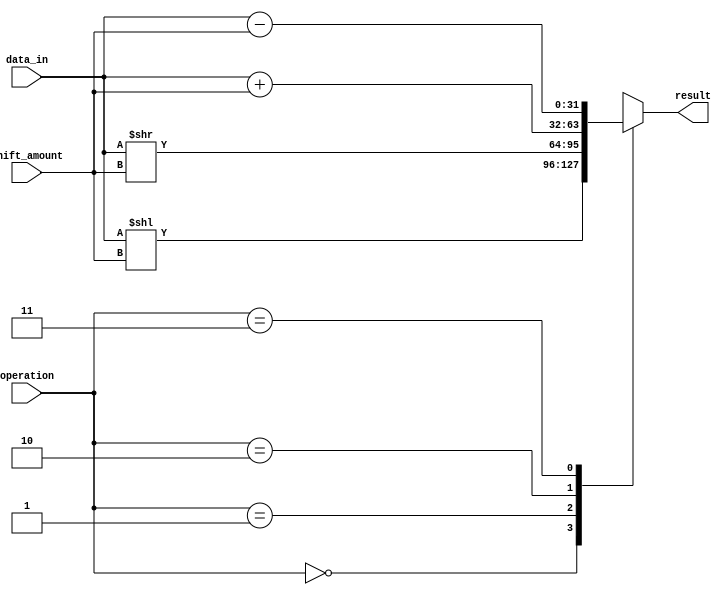
module barrel_shifter (
    input wire [31:0] data_in,
    input wire [4:0] shift_amount,
    input wire [1:0] operation,
    output wire [31:0] result
);

    reg [31:0] shifted_data;

    always @(*) begin
        case(operation)
            2'b00: shifted_data = data_in << shift_amount;
            2'b01: shifted_data = data_in >> shift_amount;
            2'b10: shifted_data = data_in + shift_amount;
            2'b11: shifted_data = data_in - shift_amount;
            default: shifted_data = data_in << shift_amount;
        endcase
    end

    assign result = shifted_data;

endmodule